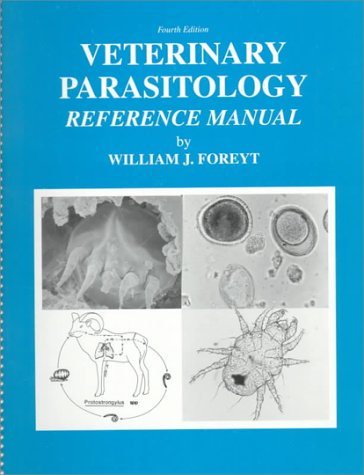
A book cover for Veterinary Parasitology Reference Manual; William J Foreyt; Medical Books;